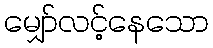
မျှော်လင့်နေသော